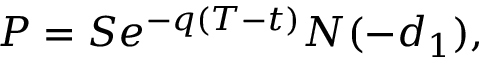
P = S e ^ { - q ( T - t ) } N ( - d _ { 1 } ) ,